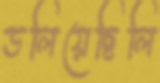
ডলিয়েছিলি